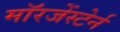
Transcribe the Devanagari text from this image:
मॉरजेंस्टेर्न